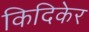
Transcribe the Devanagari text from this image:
किदिकेर